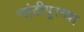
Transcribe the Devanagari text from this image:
चांदीपूरच्या